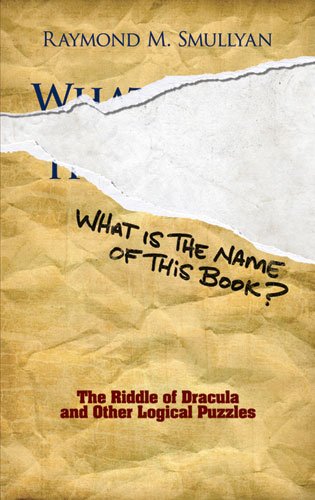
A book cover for What Is the Name of This Book?: The Riddle of Dracula and Other Logical Puzzles (Dover Recreational Math); Raymond M. Smullyan; Humor & Entertainment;